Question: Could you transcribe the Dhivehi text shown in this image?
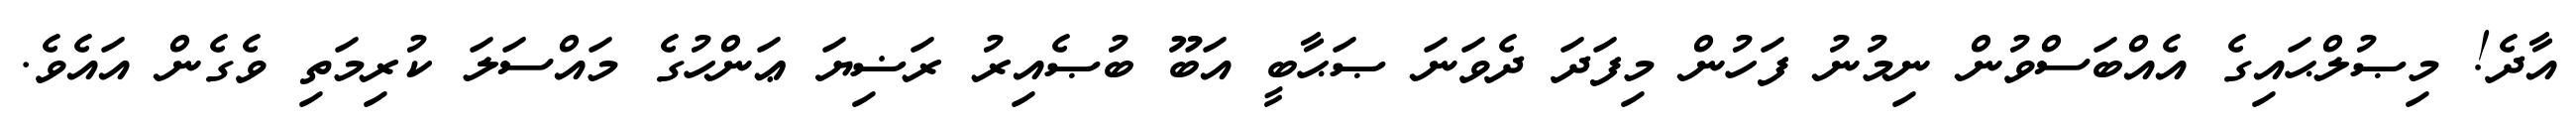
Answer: އާދެ! މިޞުލްޙައިގެ އެއްބަސްވުން ނިމުނު ފަހުން މިފަދަ ދެވަނަ ޞަޙާބީ އަބޫ ބުޞެއިރު ރަޟިޔަ ޢަންހުގެ މައްސަލަ ކުރިމަތި ވެގެން އައެވެ.